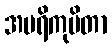
အပရိကုပိတာ